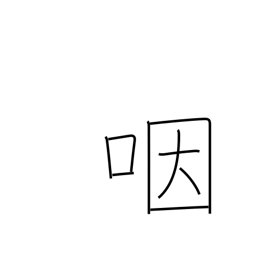
Meaning: throat